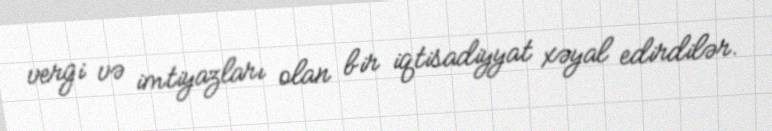
vergi və imtiyazları olan bir iqtisadiyyat xəyal edirdilər.